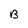
Character: B